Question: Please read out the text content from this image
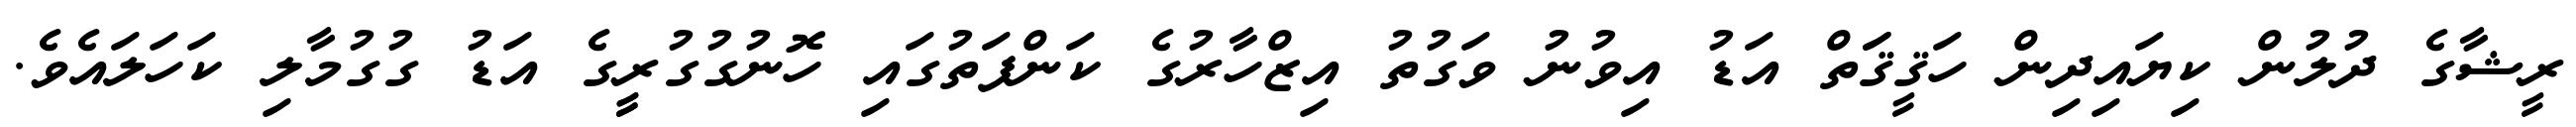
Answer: ރީޝާގެ ދުލުން ކިޔައިދިން ހަޤީޤަަތް އަޑު އިވުނު ވަގުތު އިޒްހާރުގެ ކަންފަތުގައި ހޮނުގުގުރީީގެ އަޑު ގުގުމާލި ކަހަލައެވެ.